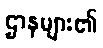
ဌာနများ၏